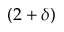
( 2 + \delta )